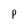
Character: P